Annual report on the working of the lock hospitals in the Central Provinces
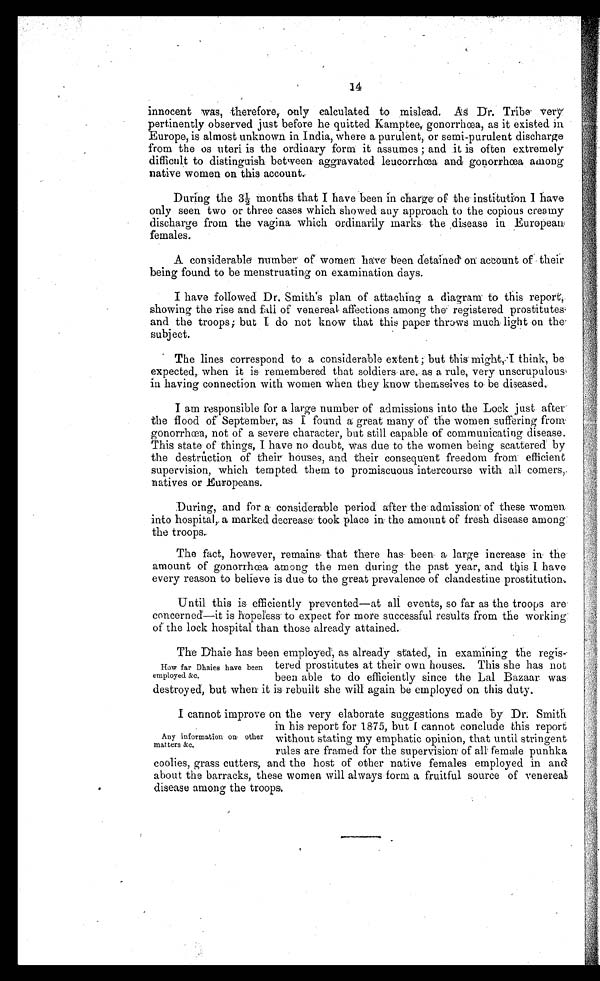
14
innocent was, therefore,. only calculated to mislead. As Dr. Tribe very
pertinently observed just before he quitted Kamptee, gonorrhœa, as it existed in
Europe, is almost unknown in. India, where a purulent, or semi-purulent discharge
from the os uteri is the ordinary form it assumes ; and it is often extremely
difficult to distinguish between aggravated. leucorrhœa and gonorrhœa among
native women on this account,.
During the 3½ months that I have been in charge of the institution I have
only seen two or three cases which showed any approach to the copious creamy
discharge from the vagina which ordinarily marks . the , disease in European
females.
A considerable number of women have been detained on account of their
being found to be menstruating on examination days.
I have followed Dr. Smith's plan of attaching a diagram to this report,
showing the rise and fall of venereal affections among the registered prostitutes,
and the troops; but I do not know that this paper throws much light on the
subject.
The lines correspond to a considerable extent ; but this might, I think, be
expected, when it is remembered that soldiers are, as a rule, very unscrupulous
in having connection with women when they know themselves to be diseased.
I am responsible for a large number of admissions into the Lock just after
the flood of' September, as I found a great many of the women suffering from
gonorrhœa, not of a severe character, but still capable of communicating disease.
This state of things, I have no doubt, was due to the women being scattered by
the destruction of their houses, and their consequent freedom from efficient
supervision, which tempted them to promiscuous intercourse with all corners,
natives or Europeans.
During, and for a considerable period after the admission of these women:
into hospital, a marked decrease took place in the amount of fresh disease among
the troops.
The fact, however, remains that there has been a large increase in the
amount of gonorrhœa among the men during the past year, and this I have
every reason to believe is due to the great prevalence of clandestine prostitution.
Until this is efficiently prevented—at all events, so far as the troops are
concerned—it is hopeless to expect for more successful results from the working
of the lock hospital than those already attained.
The Dhaie has been employed, as already stated, in examining the regis-
tered prostitutes at their own houses. This she has not
been able to do efficiently since the Lal Bazaar was
destroyed, but when it is rebuilt she will again be employed on this duty.
I cannot improve on the very elaborate suggestions made by Dr. Smith
in his report for 1875, but I cannot conclude this report
without stating my emphatic opinion, that until stringent
rules are framed for the supervision of all female punhka
coolies, grass cutters, and the host of other native females employed in and
about the barracks, these women will always form, a fruitful source of venereal
disease among the troops.
How far Dhaies have been
employed &c.
Any information on other
matters &c.